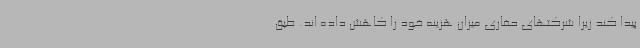
پیدا کند زیرا شرکتهای حفاری میزان هزینه خود را کاهش داده اند. طبق